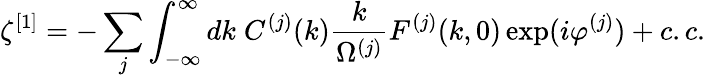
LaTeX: \zeta^{[1]}=-\sum_{j}\int_{-\infty}^{\infty}dk\; C^{(j)}(k)\frac{k}{\Omega^{(j)}}F^{(j)}(k,0)\exp(i\varphi^{(j)})+c.c.